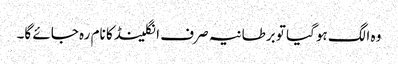
وہ الگ ہوگیا تو برطانیہ صرف انگلینڈ کا نام رہ جائے گا۔